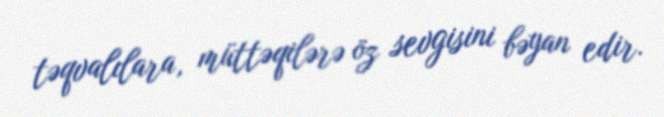
təqvalılara, müttəqilərə öz sevgisini bəyan edir.